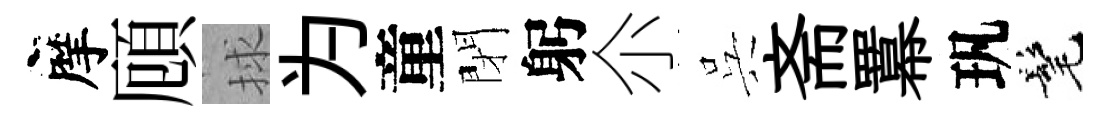
摩頋捄为童閉躬尒呉斋羃㺬髦